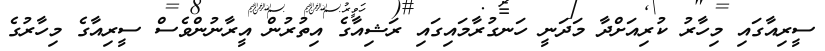
ސީރިއާގައި މިހާރު ކުރިއަށްދާ މަދަނީ ހަނގުރާމައިގައި ރަޝިއާގެ އިތުރުން އީރާނުންވެސް ސީރިއާގެ މިހާރުގެ